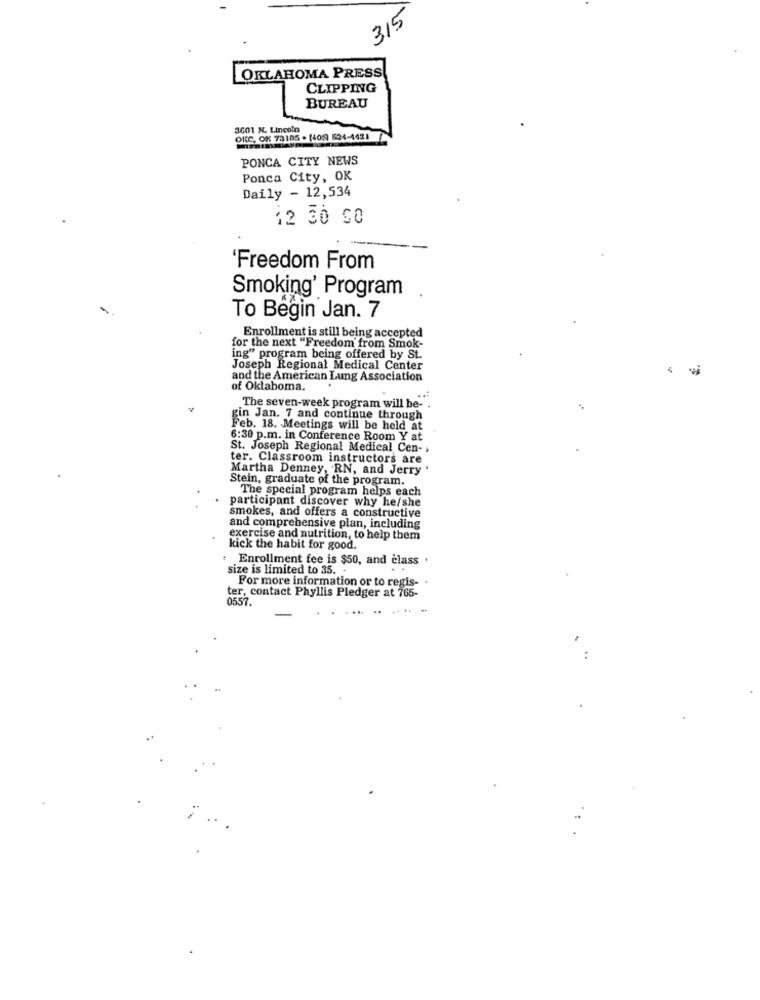
315
OKLAHOMA PRESS
CLIPPING
BUREAU
3601 N. Lincoln
OKC, OK 73105 - (405) 624-4421
PONCA CITY NEWS
Ponca City, OK
Daily - 12,534
12 30 CO
Freedom From
Smoking' Program
To Begin Jan. 7
Enrollment is still being accepted
for the next "Freedom from Smok-
ing" program being offered by St.
Joseph Regional Medical Center
vi
and the American Lung Association
of Oklahoma.
The seven-week program will be- .
gin Jan. 7 and continue through
Feb. 18. Meetings will be held at
6:30 p.m. in Conference Room Y at
St. Joseph Regional Medical Cen- >
ter. Classroom instructors are
Martha Denney, RN, and Jerry .
Stein, graduate of the program.
The special program helps each
participant discover why he/she
smokes, and offers a constructive
and comprehensive plan, including
exercise and nutrition, to help them
kick the habit for good.
Enrollment fee is $50, and class .
size is limited to 35 ..
..
For more information or to regis-
ter, contact Phyllis Pledger at 765-
0557.